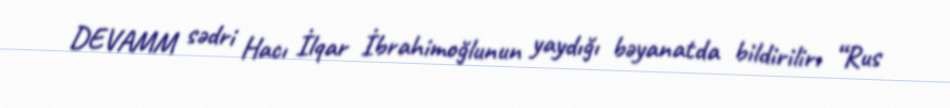
DEVAMM sədri Hacı İlqar İbrahimoğlunun yaydığı bəyanatda bildirilir: “Rus